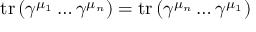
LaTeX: \operatorname { t r } \left( \gamma ^ { \mu _ { 1 } } \dots \gamma ^ { \mu _ { n } } \right) = \operatorname { t r } \left( \gamma ^ { \mu _ { n } } \dots \gamma ^ { \mu _ { 1 } } \right)